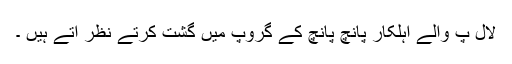
لال پ والے اہلکار پانچ پانچ کے گروپ میں گشت کرتے نظر آتے ہیں ۔